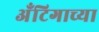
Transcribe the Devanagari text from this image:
अँटिगाच्या